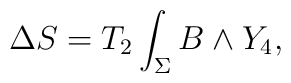
\Delta S = T_2\int_\Sigma B\wedge Y_4,